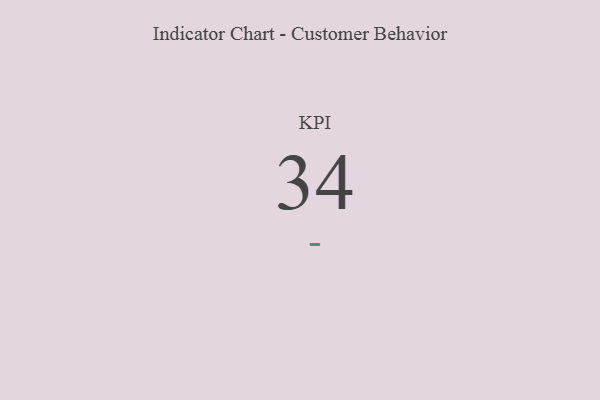
{"axis": {"x": "KPI", "y": "Value"}, "legend": [""], "data": [{"x": "KPI", "y": 34, "type": ""}]}